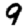
Digit: 9